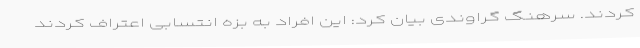
کردند. سرهنگ گراوندی بیان کرد: این افراد به بزه انتسابی اعتراف کردند